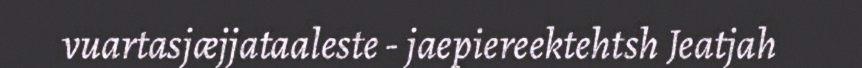
vuartasjæjjataaleste - jaepiereektehtsh Jeatjah